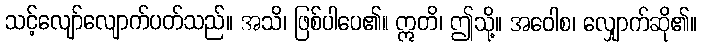
သင့်လျော်လျောက်ပတ်သည်။ အသိ၊ ဖြစ်ပါပေ၏။ ဣတိ၊ ဤသို့။ အဝေါစ၊ လျှောက်ဆို၏။